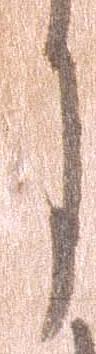
月